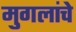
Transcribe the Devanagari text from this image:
मुगलांचे